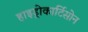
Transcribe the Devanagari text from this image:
हाइड्रोकार्टिसोन